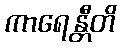
ကာရေန္တီတိ